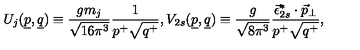
U _ { j } ( \underline { { p } } , \underline { { q } } ) \equiv \frac { g m _ { j } } { \sqrt { 1 6 \pi ^ { 3 } } } \frac { 1 } { p ^ { + } \sqrt { q ^ { + } } } , V _ { 2 s } ( \underline { { p } } , \underline { { q } } ) \equiv \frac { g } { \sqrt { 8 \pi ^ { 3 } } } \frac { \vec { \epsilon } _ { 2 s } ^ { * } \cdot \vec { p } _ { \perp } } { p ^ { + } \sqrt { q ^ { + } } } ,